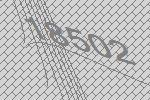
18502